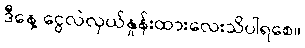
ဒီနေ့ ငွေလဲလှယ်နှုန်းထားလေးသိပါရစေ။